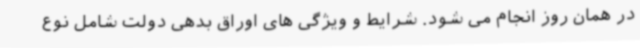
در همان روز انجام می شود. شرایط و ویژگی های اوراق بدهی دولت شامل نوع